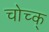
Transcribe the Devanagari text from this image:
चोच्क्